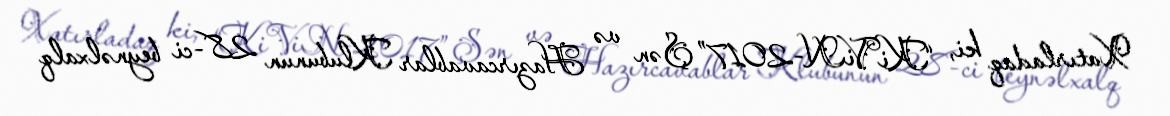
Xatırladaq ki, “KiViN-2017” Şən və Hazırcavablar Klubunun 28-ci beynəlxalq